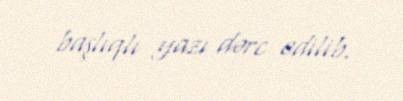
başlıqlı yazı dərc edilib.